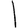
Digit: 1